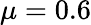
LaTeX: \mu=0.6